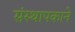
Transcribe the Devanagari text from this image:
संस्थापकाने